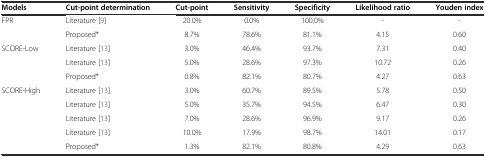
| Models | Cut-point determination | Cut-point | Sensitivity | Specificity | Likelihood ratio | Youden index |
 | --- | --- | --- | --- | --- | --- | --- |
 | FPR | Literature [9] | 20.0% | 0.0% | 100.0% | - | - |
 |  | Proposed* | 8.7% | 78.6% | 81.1% | 4.15 | 0.60 |
 | SCORE-Low | Literature [13] | 3.0% | 46.4% | 93.7% | 7.31 | 0.40 |
 |  | Literature [13] | 5.0% | 28.6% | 97.3% | 10.72 | 0.26 |
 |  | Proposed* | 0.8% | 82.1% | 80.7% | 4.27 | 0.63 |
 | SCORE-High | Literature [13] | 3.0% | 60.7% | 89.5% | 5.78 | 0.50 |
 |  | Literature [13] | 5.0% | 35.7% | 94.5% | 6.47 | 0.30 |
 |  | Literature [13] | 7.0% | 28.6% | 96.9% | 9.17 | 0.26 |
 |  | Literature [13] | 10.0% | 17.9% | 98.7% | 14.01 | 0.17 |
 |  | Proposed* | 1.3% | 82.1% | 80.8% | 4.29 | 0.63 |